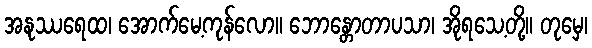
အနုဿရေထ၊ အောက်မေ့ကုန်လော။ ဘောန္တောတာပသာ၊ အိုရသေ့တို့။ တုမှေ၊